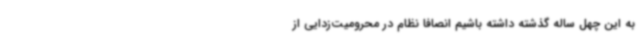
به این چهل ساله گذشته داشته باشیم انصافاً نظام در محرومیت‌زدایی از